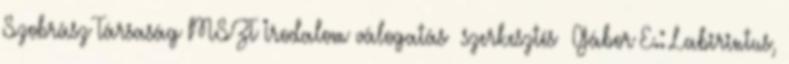
Szobrász Társaság MSZT Irodalom válogatás szerkesztés Gábor E.: Labirintus,